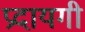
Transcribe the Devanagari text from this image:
प्रदायगी